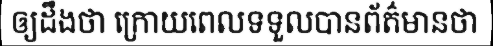
ឲ្យដឹងថា ក្រោយពេលទទួលបានព័ត៌មានថា